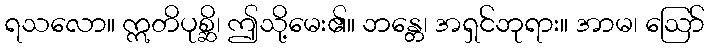
ရသလော။ ဣတိပုစ္ဆိ၊ ဤသို့မေး၏။ ဘန္တေ၊ အရှင်ဘုရား။ အာမ၊ ဩော်